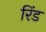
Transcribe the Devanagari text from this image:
रिंड